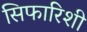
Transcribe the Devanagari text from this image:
सिफारिशी